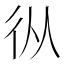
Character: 𢓅